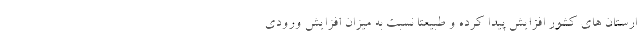
ارستان های کشور افزایش پیدا کرده و طبیعتا نسبت به میزان افزایش ورودی